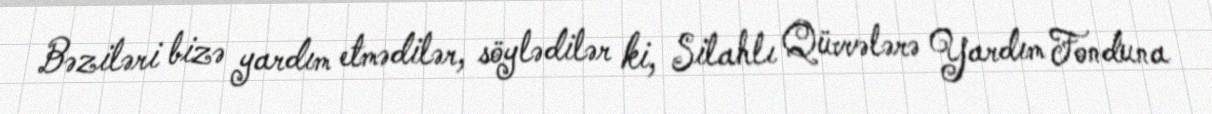
Bəziləri bizə yardım etmədilər, söylədilər ki, Silahlı Qüvvələrə Yardım Fonduna